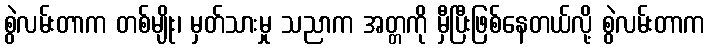
စွဲလမ်းတာက တစ်မျိုး၊ မှတ်သားမှု သညာက အတ္တကို မှီပြီးဖြစ်နေတယ်လို့ စွဲလမ်းတာက